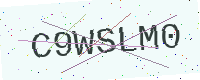
Text: C9WSLM0